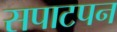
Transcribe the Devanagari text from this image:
सपाटपन